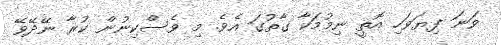
ވަނަ ފިޔަވަހި އޮތީ ނިމުމަކާ ގާތުގަ އެވެ. މި ވެސްކިނުން ކުރާ ނޭދޭވޭ